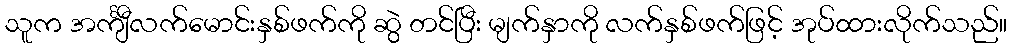
သူက အင်္ကျီလက်မောင်းနှစ်ဖက်ကို ဆွဲ တင်ပြီး မျက်နှာကို လက်နှစ်ဖက်ဖြင့် အုပ်ထားလိုက်သည်။